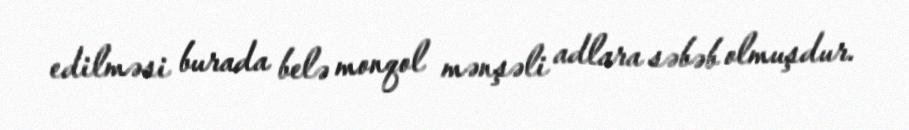
edilməsi burada belə monqol mənşəli adlara səbəb olmuşdur.